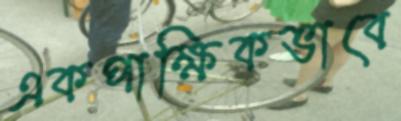
একপাক্ষিকভাবে